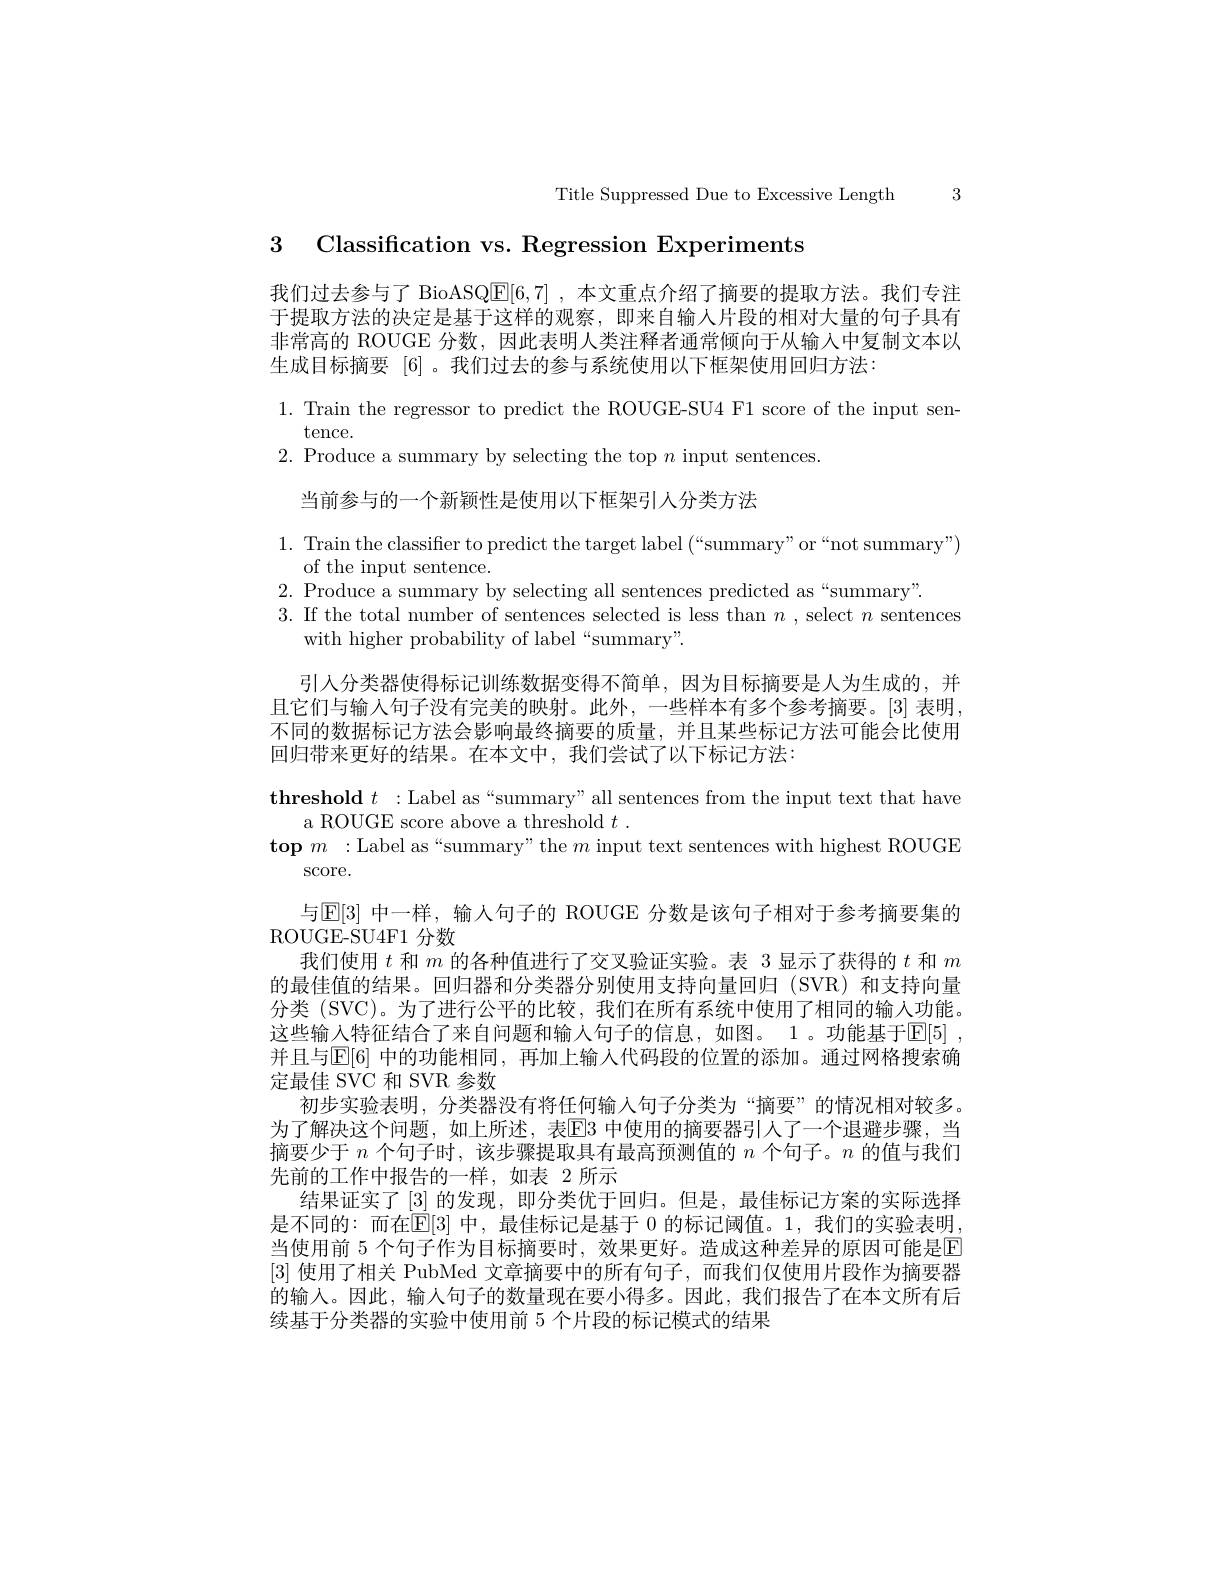
Title Suppressed Due to Excessive Length 3

3 Classification vs. Regression Experiments

我们过去参与了 BioASQE[6,7] ,本文重点介绍了摘要的提取方法。我们专注于提取方法的决定是基于这样的观察，即来自输人片段的相对大量的句子具有非常高的 ROUGE 分数，因此表明人类注释者通常倾向于从输入中复制文本以生成目标摘要 [6] 。我们过去的参与系统使用以下框架使用回归方法：

1. Train the regressor to predict the ROUGE-SU4 F1 score of the input sen-

tence.

$2.{\mathrm{~Produce~a~summary~by~selecting~the~top~}n}{\mathrm{~input~sentences.}}$

当前参与的一个新颖性是使用以下框架引人分类方法

1. Train the classifier to predict the target label (“summary”or“not summary")
of the input sentence.
2. Produce a summary by selecting all sentences predicted as“summary”.
3. If the total number of sentences selected is less than $n$, select $n$ sentences
with higher probability of label“summary”.

引入分类器使得标记训练数据变得不简单，因为目标摘要是人为生成的，并且它们与输入句子没有完美的映射。此外，一些样本有多个参考摘要。[3] 表明不同的数据标记方法会影响最终摘要的质量，并且某些标记方法可能会比使用回归带来更好的结果。在本文中，我们尝试了以下标记方法：
$\textbf{threshold }t:$Label as“summary”all sentences from the input text that have
a ROUGE score above a threshold $t.$
$\textbf{top }m:$Label as“summary”the $m$ input text sentences with highest ROUGE
score.
与E[3] 中一样，输入句子的 ROUGE 分数是该句子相对于参考摘要集的
ROUGE-SU4F1 分数
我们使用$t$和$m$的各种值进行了交叉验证实验。表 3 显示了获得的$t$和$m$ 的最佳值的结果。回归器和分类器分别使用支持向量回归(SVR)和支持向量分类 (SVC)。为了进行公平的比较，我们在所有系统中使用了相同的输入功能。这些输入特征结合了来自问题和输人句子的信息，如图。1。功能基于$\mathbb{E}[5]$ , 并且与E[6] 中的功能相同，再加上输入代码段的位置的添加。通过网格搜索确定最佳 SVC 和 SVR 参数
初步实验表明，分类器没有将任何输入句子分类为“摘要”的情况相对较多。为了解决这个问题，如上所述，表El3 中使用的摘要器引人了一个退避步骤，当摘要少于$n$个句子时，该步骤提取具有最高预测值的$n$个句子。$n$的值与我们先前的工作中报告的一样，如表 2 所示
结果证实了[3]的发现，即分类优于回归。但是，最佳标记方案的实际选择是不同的：而在$\mathbb{E}[3]$ 中，最佳标记是基于 0 的标记阈值。1,我们的实验表明， 当使用前 5 个句子作为目标摘要时，效果更好。造成这种差异的原因可能是E [3]使用了相关 PubMed 文章摘要中的所有句子，而我们仅使用片段作为摘要器的输入。因此，输人句子的数量现在要小得多。因此，我们报告了在本文所有后续基于分类器的实验中使用前 5 个片段的标记模式的结果